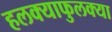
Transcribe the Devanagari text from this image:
हलक्याफुलक्या